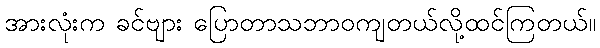
အားလုံးက ခင်ဗျား ပြောတာသဘာဝကျတယ်လို့ထင်ကြတယ်။